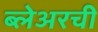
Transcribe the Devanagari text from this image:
ब्लेअरची